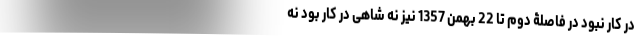
در کار نبود در فاصلۀ دوم تا 22 بهمن 1357 نیز نه شاهی در کار بود نه